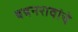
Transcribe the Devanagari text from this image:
बबनरावांचे